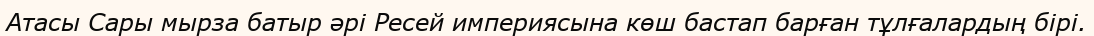
Атасы Сары мырза батыр әрі Ресей империясына көш бастап барған тұлғалардың бірі.